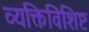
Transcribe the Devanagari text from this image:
व्यक्तिविशिष्ट